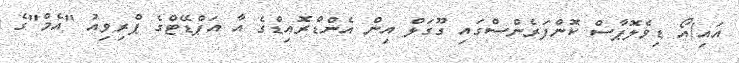
އައި/އޯ ޑިވެލޮޕާސް ކޮންފަރެންސްގައި ގޫގަލް އިން އެންޑްރޮއިޑްގެ އާ އަޕްޑޭޓްގެ ޕްރިވިއު "އެމް"ގެ